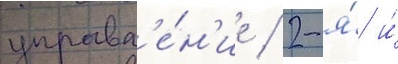
управл'е́н'ие / 2-я́ и́